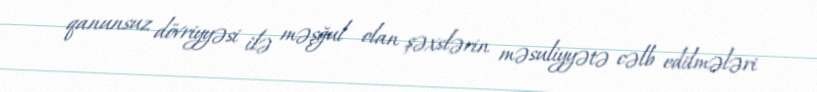
qanunsuz dövriyyəsi ilə məşğul olan şəxslərin məsuliyyətə cəlb edilmələri